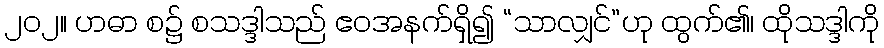
၂၀၂။ ဟဓာ စ၌ စသဒ္ဒါသည် ဧဝအနက်ရှိ၍ “သာလျှင်”ဟု ထွက်၏၊ ထိုသဒ္ဒါကို